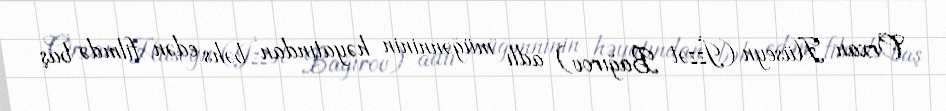
Orxan Hüseyn (İzzət Bağırov) adlı müğənninin həyatından bəhs edən filmdə baş